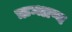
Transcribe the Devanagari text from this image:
ऋग्भाष्य